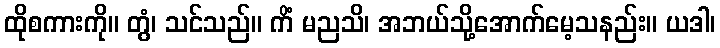
ထိုစကားကို။ တွံ၊ သင်သည်။ ကိံ မညသိ၊ အဘယ်သို့အောက်မေ့သနည်း။ ယဒါ၊